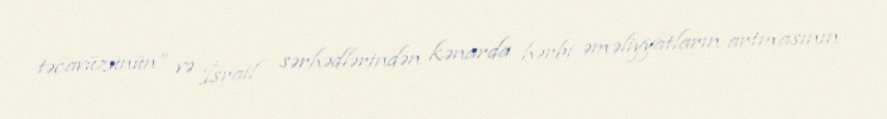
təcavüzünün” və İsrail sərhədlərindən kənarda hərbi əməliyyatların artmasının